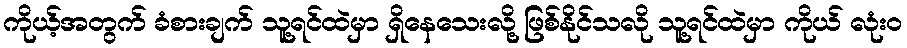
ကိုယ့်အတွက် ခံစားချက် သူ့ရင်ထဲမှာ ရှိနေသေးလို့ ဖြစ်နိုင်သလို သူ့ရင်ထဲမှာ ကိုယ် လုံးဝ